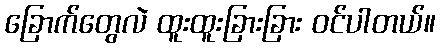
ခြောက်တွေလဲ ထူးထူးခြားခြား ဝင်ပါတယ်။